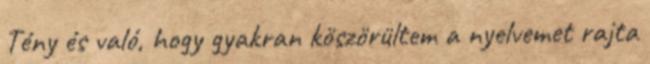
Tény és való, hogy gyakran köszörültem a nyelvemet rajta